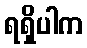
ရရှိပါက